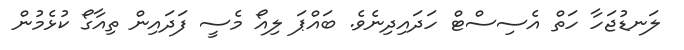
ލަނޑުޖަހާ ހަތް އެސިސްޓް ހަދައިދިނެވެ. ބައްޕަ ލިއޯ މެސީ ފަދައިން ތިއާގޯ ކުޅެމުން